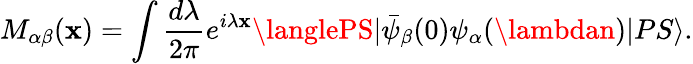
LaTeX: M_{\alpha\beta}(\mathbf{x})=\int\frac{{d\lambda}}{{2\pi}}e^{i\lambda\mathbf{x}}\langlePS|\bar{{\psi}}_{\beta}(0)\psi_{\alpha}(\lambdan)|PS\rangle.